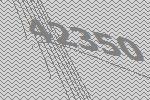
42350